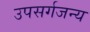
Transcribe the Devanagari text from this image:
उपसर्गजन्य